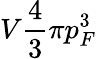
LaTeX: V\frac{4}{3}\pi p_{F}^{3}